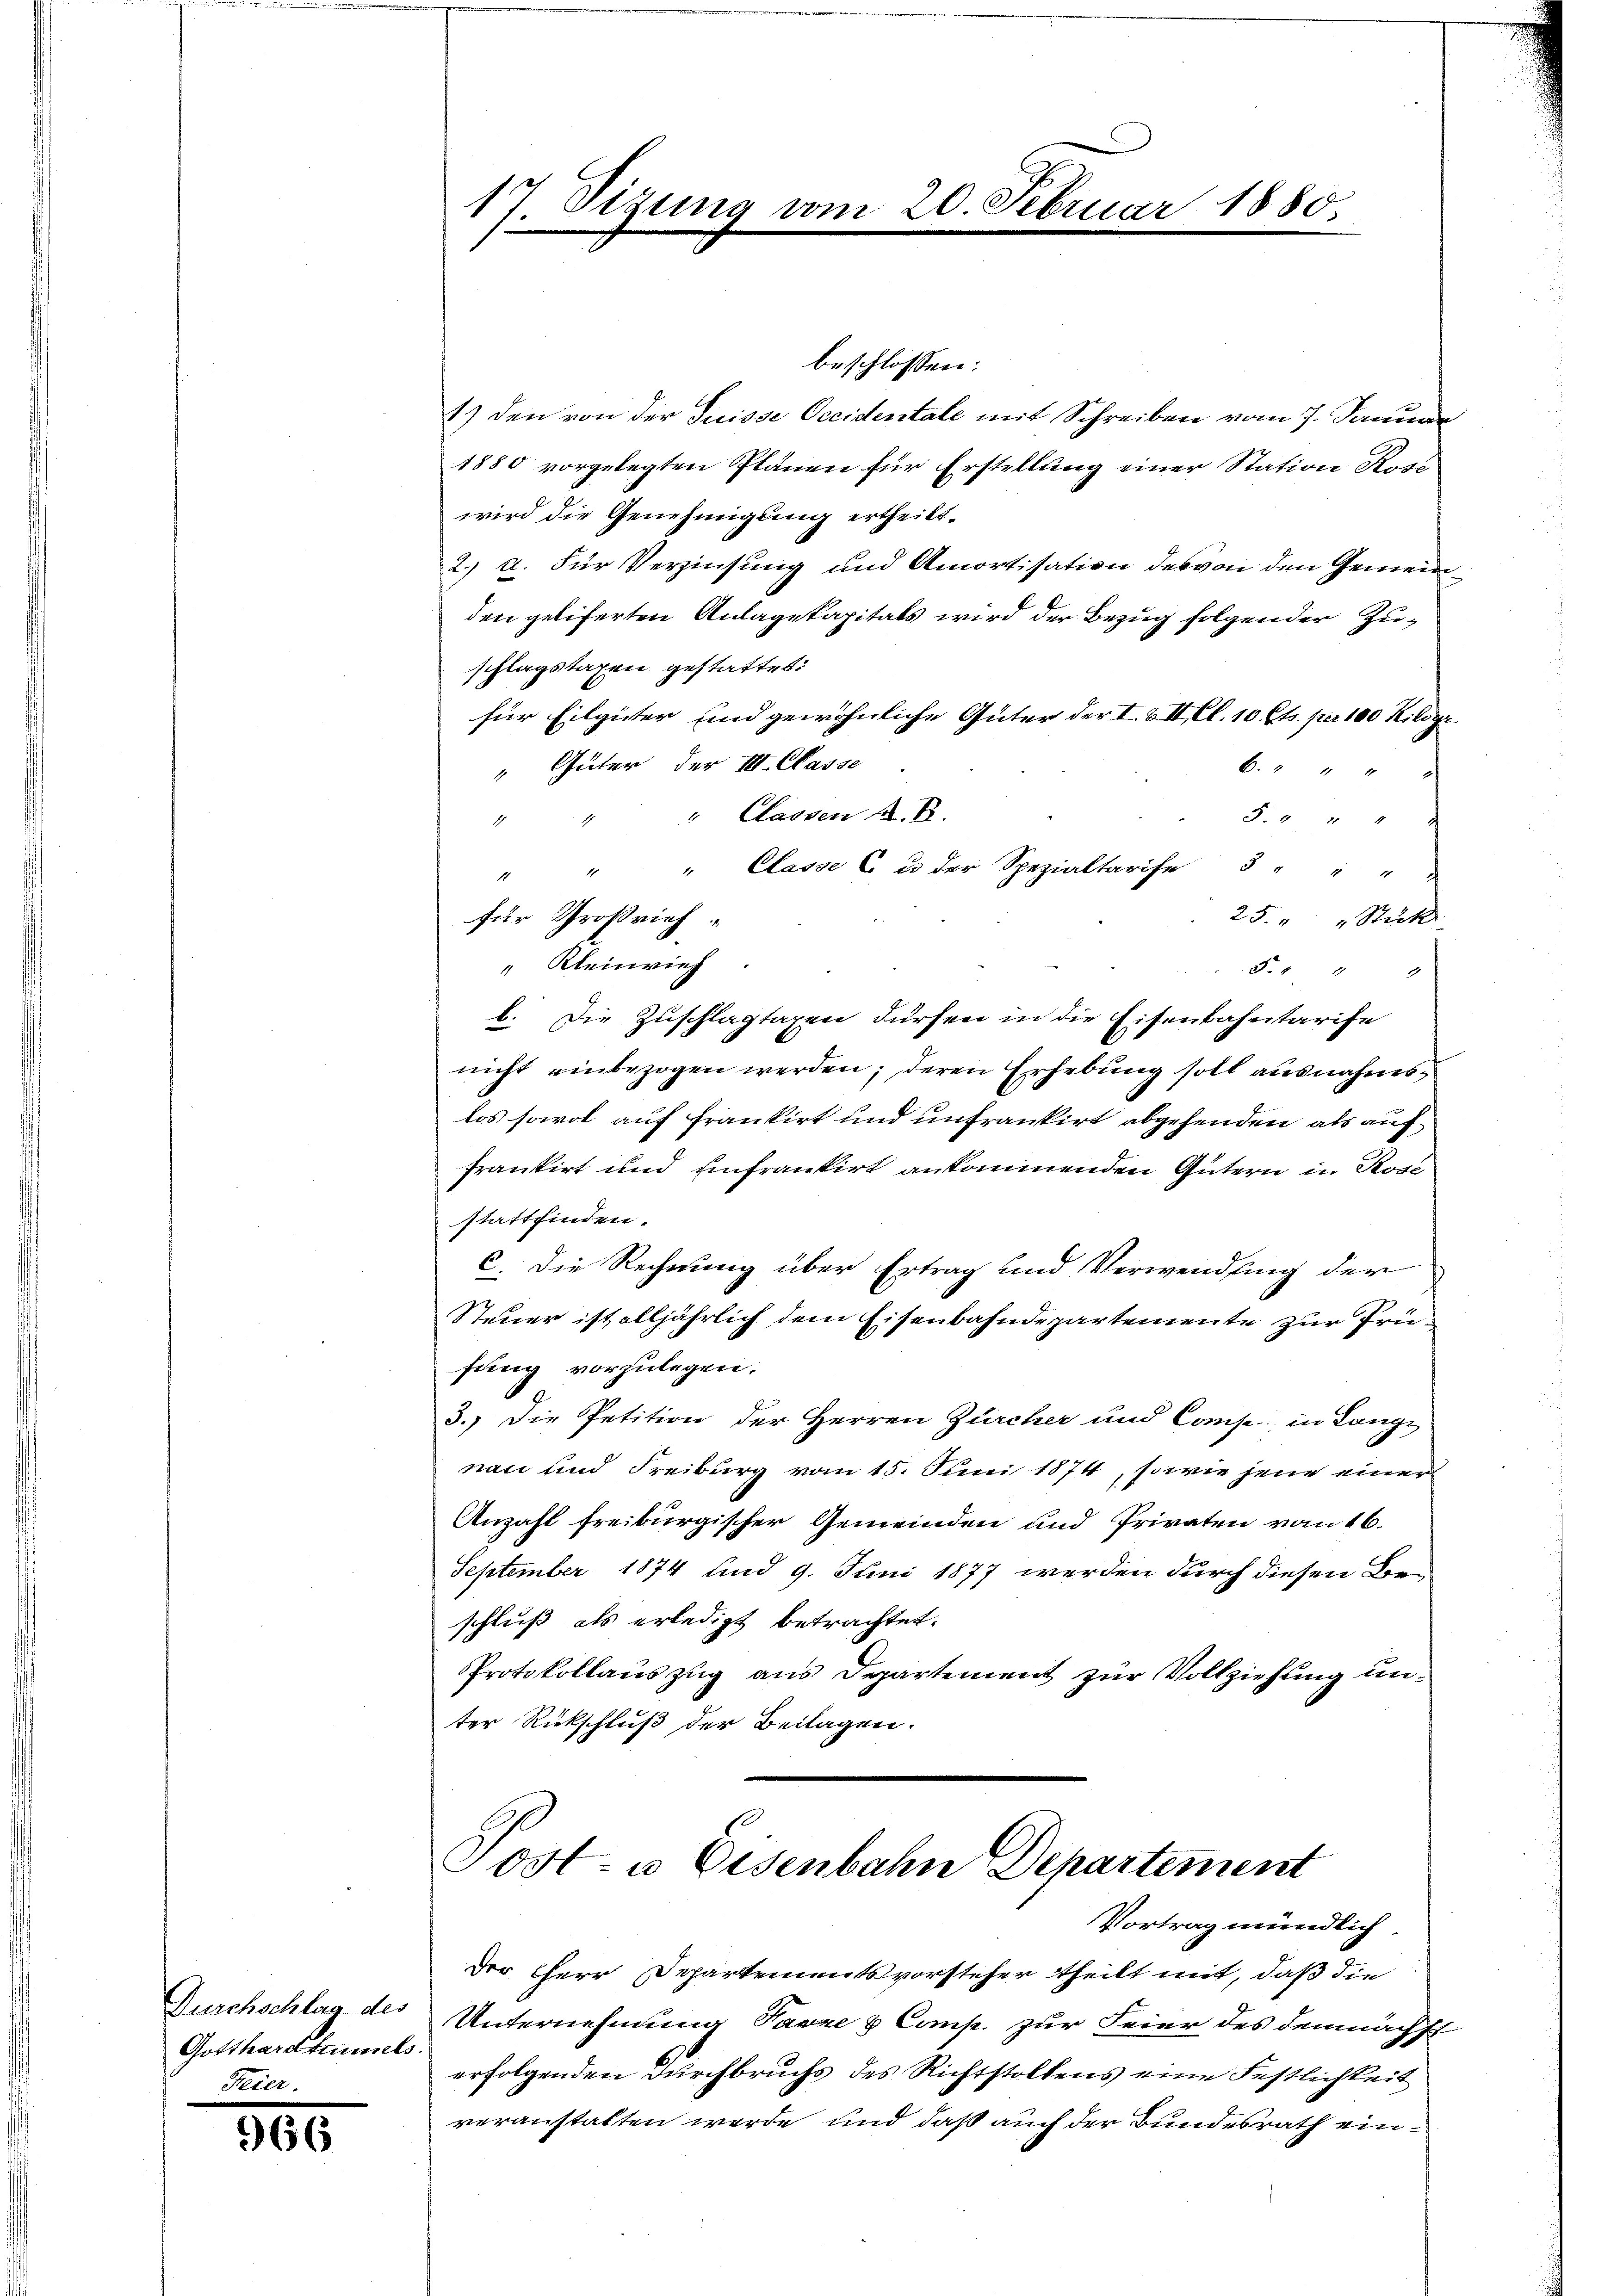
Durchschlag des
Gotthardtunnels
Feier.

966

17. Sizung vom

beschlossen:
1.) Den von der Suisse Occidentale mit Schreiben vom 7. Janu
1880 vorgelegten Plänen für Erstellung einer Station Krei
wird die Genehmigung ertheilt.
2.) a. Für Verzinsung und Amortisation des von den Gemeinden geliferten Anlagekapitals wird der Bezug folgender Zuschlagstaxen gestattet:
für Eilgüter und gewöhnliche Güter der I. & II. Cl. 10 Cts. per 100 Kilogr
" Güter der III. Classe
6.44 4
" Classen A. B.
F.44 4
n
" Classe 6 u. der Spezialtarise 3 " " "
4
25 " " Stück
für Großrich
" Kleinvieh
F. " " 9
b. Die Zuschlagtaxen dürfen in die Eisenbahntarife
nicht einbezogen werden; deren Erhebung soll ausnahmslos sowol auf Frankirt und unfrankirt abgehenden als auf
frankirt und Einfrankirt ankommenden Gütern in Rose
stattfinden.
C. Die Rechnung über Ertrag und Verwendung der
Steuer ist alljährlich dem Eisenbahndepartemente zur Prüfung vorzulegen.
3.) Die Petition der Herren Zürcher und Compe, in Lange
nan und Freiburg vom 15. Juni 1874, sowie jene einer
Anzahl freiburgischer Gemeinden und Privaten von 16.
September 1874 und 9. Juni 1877 werden durch diesen Beschluß als erledigt betrachtet.
Protokollauszug aus Departement zur Vollziehung unter Rückschluß der Beilagen.

20. Februar 1880

Post- u Eisenbahn Departement
Vortrag mündlich

Der Herr Departementsvorsteher theilt mit, daß die
Unternehmung Favre & Comp. zur Feier des demnächst
erfolgenden Durchbruchs des Richtstoltens eine Festlichkeit
veranstalten werde und daß auch der Bundesrath ein¬